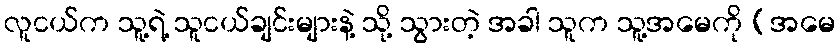
လူငယ်က သူ့ရဲ့ သူငယ်ချင်းများနဲ့ သို့ သွားတဲ့ အခါ သူက သူ့အမေကို (အမေ